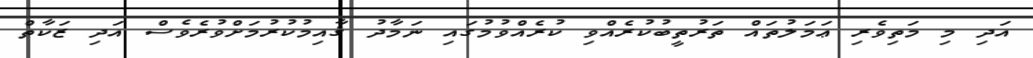
އަދި މި މަތިވެރި ޢަމަލުތައް ތަރުތީބުކުރެއްވި ކުރެއްވުމުގައި ނަމާދު ޤާއިމުކުރުމަށްވުރެވެސް އަދި ޒަކާތް